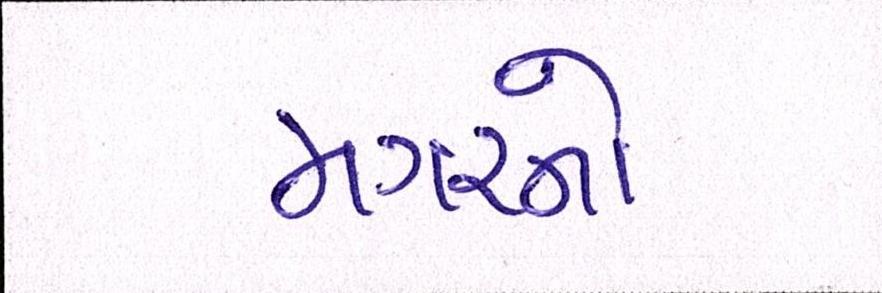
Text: મગરનો